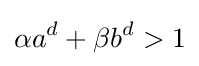
\alpha a^{d}+\beta b^{d}>1